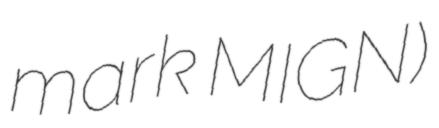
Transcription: mark MIGN)